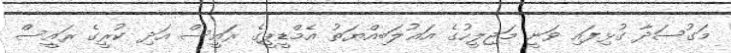
މަގުސަދާ ގުޅިފައި ވަނީ މަޖިލީހުގެ އަޣުލަބިއްޔަތު އެމްޑީޕީގެ ރައީސް އަދި ކުރީގެ ރައީސް